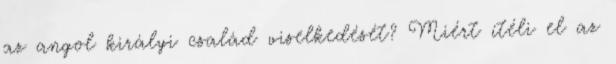
az angol királyi család viselkedését? Miért ítéli el az